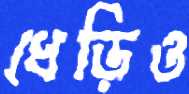
ধেড়িও